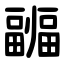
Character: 疈